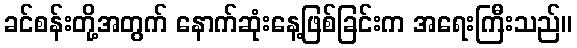
ခင်စန်းတို့အတွက် နောက်ဆုံးနေ့ဖြစ်ခြင်းက အရေးကြီးသည်။